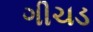
ગીચડ